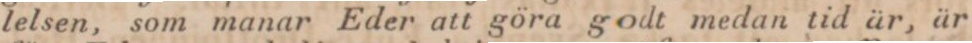
lelsen, som manar Eder att göra godt medan tid är, är